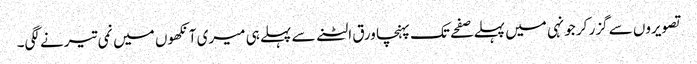
تصویروں سے گزر کر جونہی میں پہلے صفحے تک پہنچا ورق الٹنے سے پہلے ہی میری آنکھوں میں نمی تیرنے لگی۔